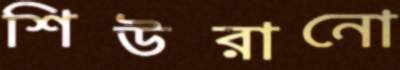
শিউরানো